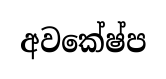
අවකේෂ්ප